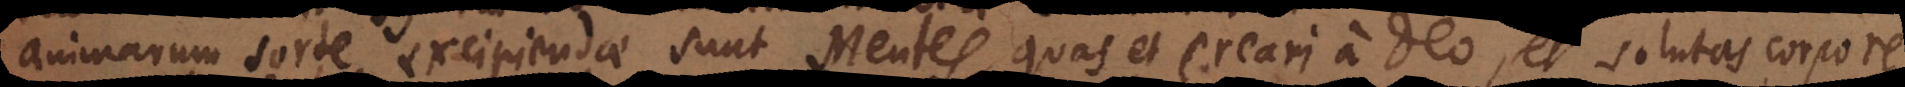
animarum sorte excipiendae sunt Mentes, quas et creari a Deo, et solutas corpor